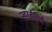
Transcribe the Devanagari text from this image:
ऱ्हाईनचे